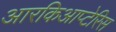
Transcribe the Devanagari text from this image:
आरकिआप्टेरिस